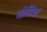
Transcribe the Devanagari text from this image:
योगिया